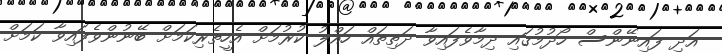
އަދި ފައިނޭންސް ހޯދުމުގައި ދިމާވެފައިވާ ދަތިތައް ހައްލު ކުރުމަށް އެހީތެރިކަމަށް ބޭނުންވެފައިވާ ކަމަށް